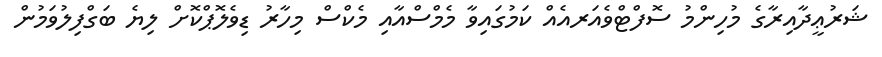
ޝަރުޢީދާއިރާގެ މުހިންމު ސޮފްޓްވެއަރއެއް ކަމުގައިވާ މެމްސްއާއި މެކްސް މިހާރު ޑިވެލޮޕްކޮށް ލިޔެ ބަގްފިލުވަމުން